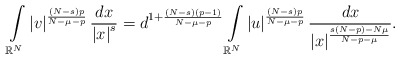
\begin{align*}\int\limits_{\mathbb{R}^{N}}\left\vert v\right\vert ^{\frac{\left( N-s\right) p}{N-\mu-p}}\frac{dx}{\left\vert x\right\vert ^{s}}=d^{1+\frac{\left( N-s\right) \left(p-1\right) }{N-\mu-p}}\int\limits_{\mathbb{R}^{N}}\left\vert u\right\vert ^{\frac{\left( N-s\right) p}{N-\mu-p}}\frac{dx}{\left\vert x\right\vert ^{\frac{s\left( N-p\right) -N\mu}{N-p-\mu}}}.\end{align*}